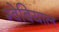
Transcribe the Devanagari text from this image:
ग्वेबियाल